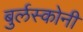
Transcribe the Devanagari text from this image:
बुर्लस्कोनी